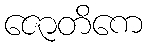
ဇောတိကေ